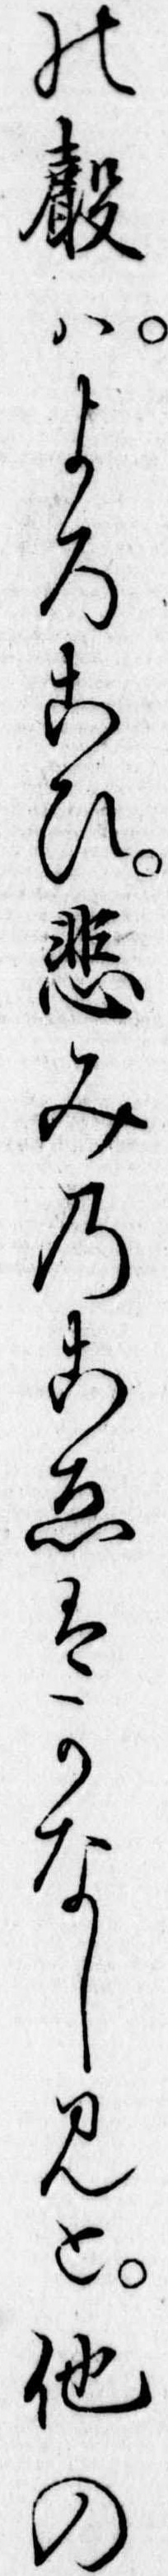
の声はよろこひ悲みのこゑはかなしみと他の